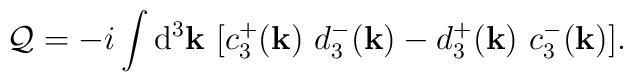
{\cal Q} = -i \int {\rm d}^3 {\bf k} ~ \big[ c_3^+({\bf k})~ d_3^-({\bf k}) -d_3^+({\bf k})~ c_3^-({\bf k}) \big] .